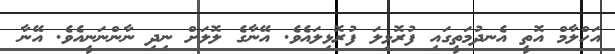
އަހްލާމް އޮތީ އެނދުމަތީގައި ފުރޮޅިލަ ފުރޮޅިލައެވެ. އޭނާގެ ލޮލަށް ނިދި ނާންނަނީއެވެ. އޭނާ